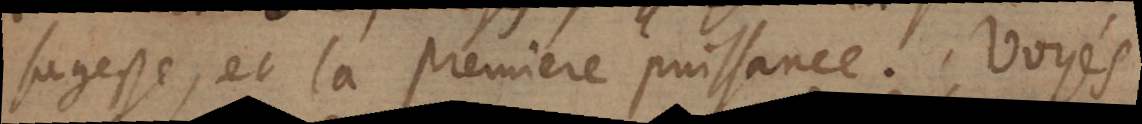
sagesse, et la premiere puissance. Voyés